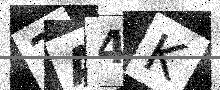
Text: 2A4K